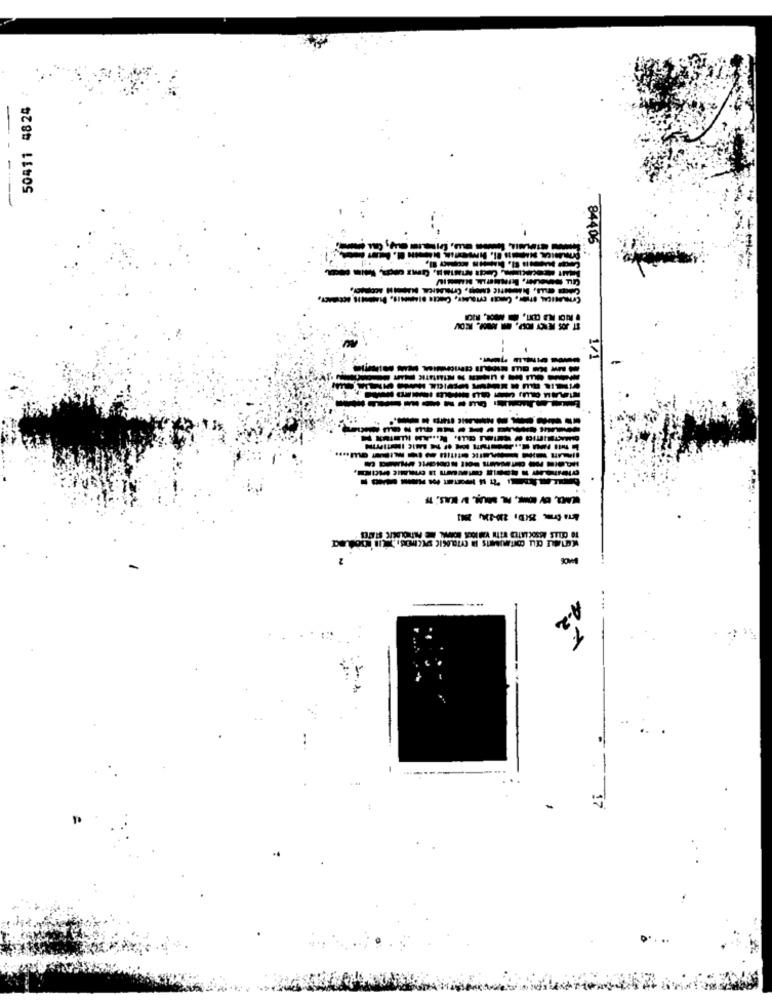
50411 4824
84406
1/1
--------------
-------------- I
77